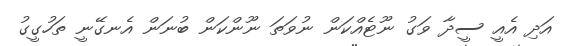
އަދި އެއީ ސީދާ ވަގު ނޫޓެއްކަން ނުވަތަ ނޫންކަން ބުނަން އެނގޭނީ ތަހުގީގު